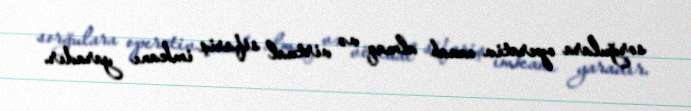
sorğulara operativ cavab almaq və virtual sifariş imkanı yaradır.